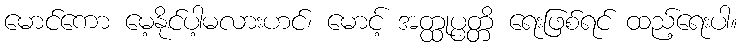
မောင်ကော မေ့နိုင်ပါ့မလားဟင်၊ မောင့် အတ္ထုပ္ပတ္တိ ရေးဖြစ်ရင် ထည့်ရေးပါ။